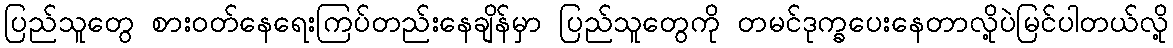
ပြည်သူတွေ စားဝတ်နေရေးကြပ်တည်းနေချိန်မှာ ပြည်သူတွေကို တမင်ဒုက္ခပေးနေတာလို့ပဲမြင်ပါတယ်လို့